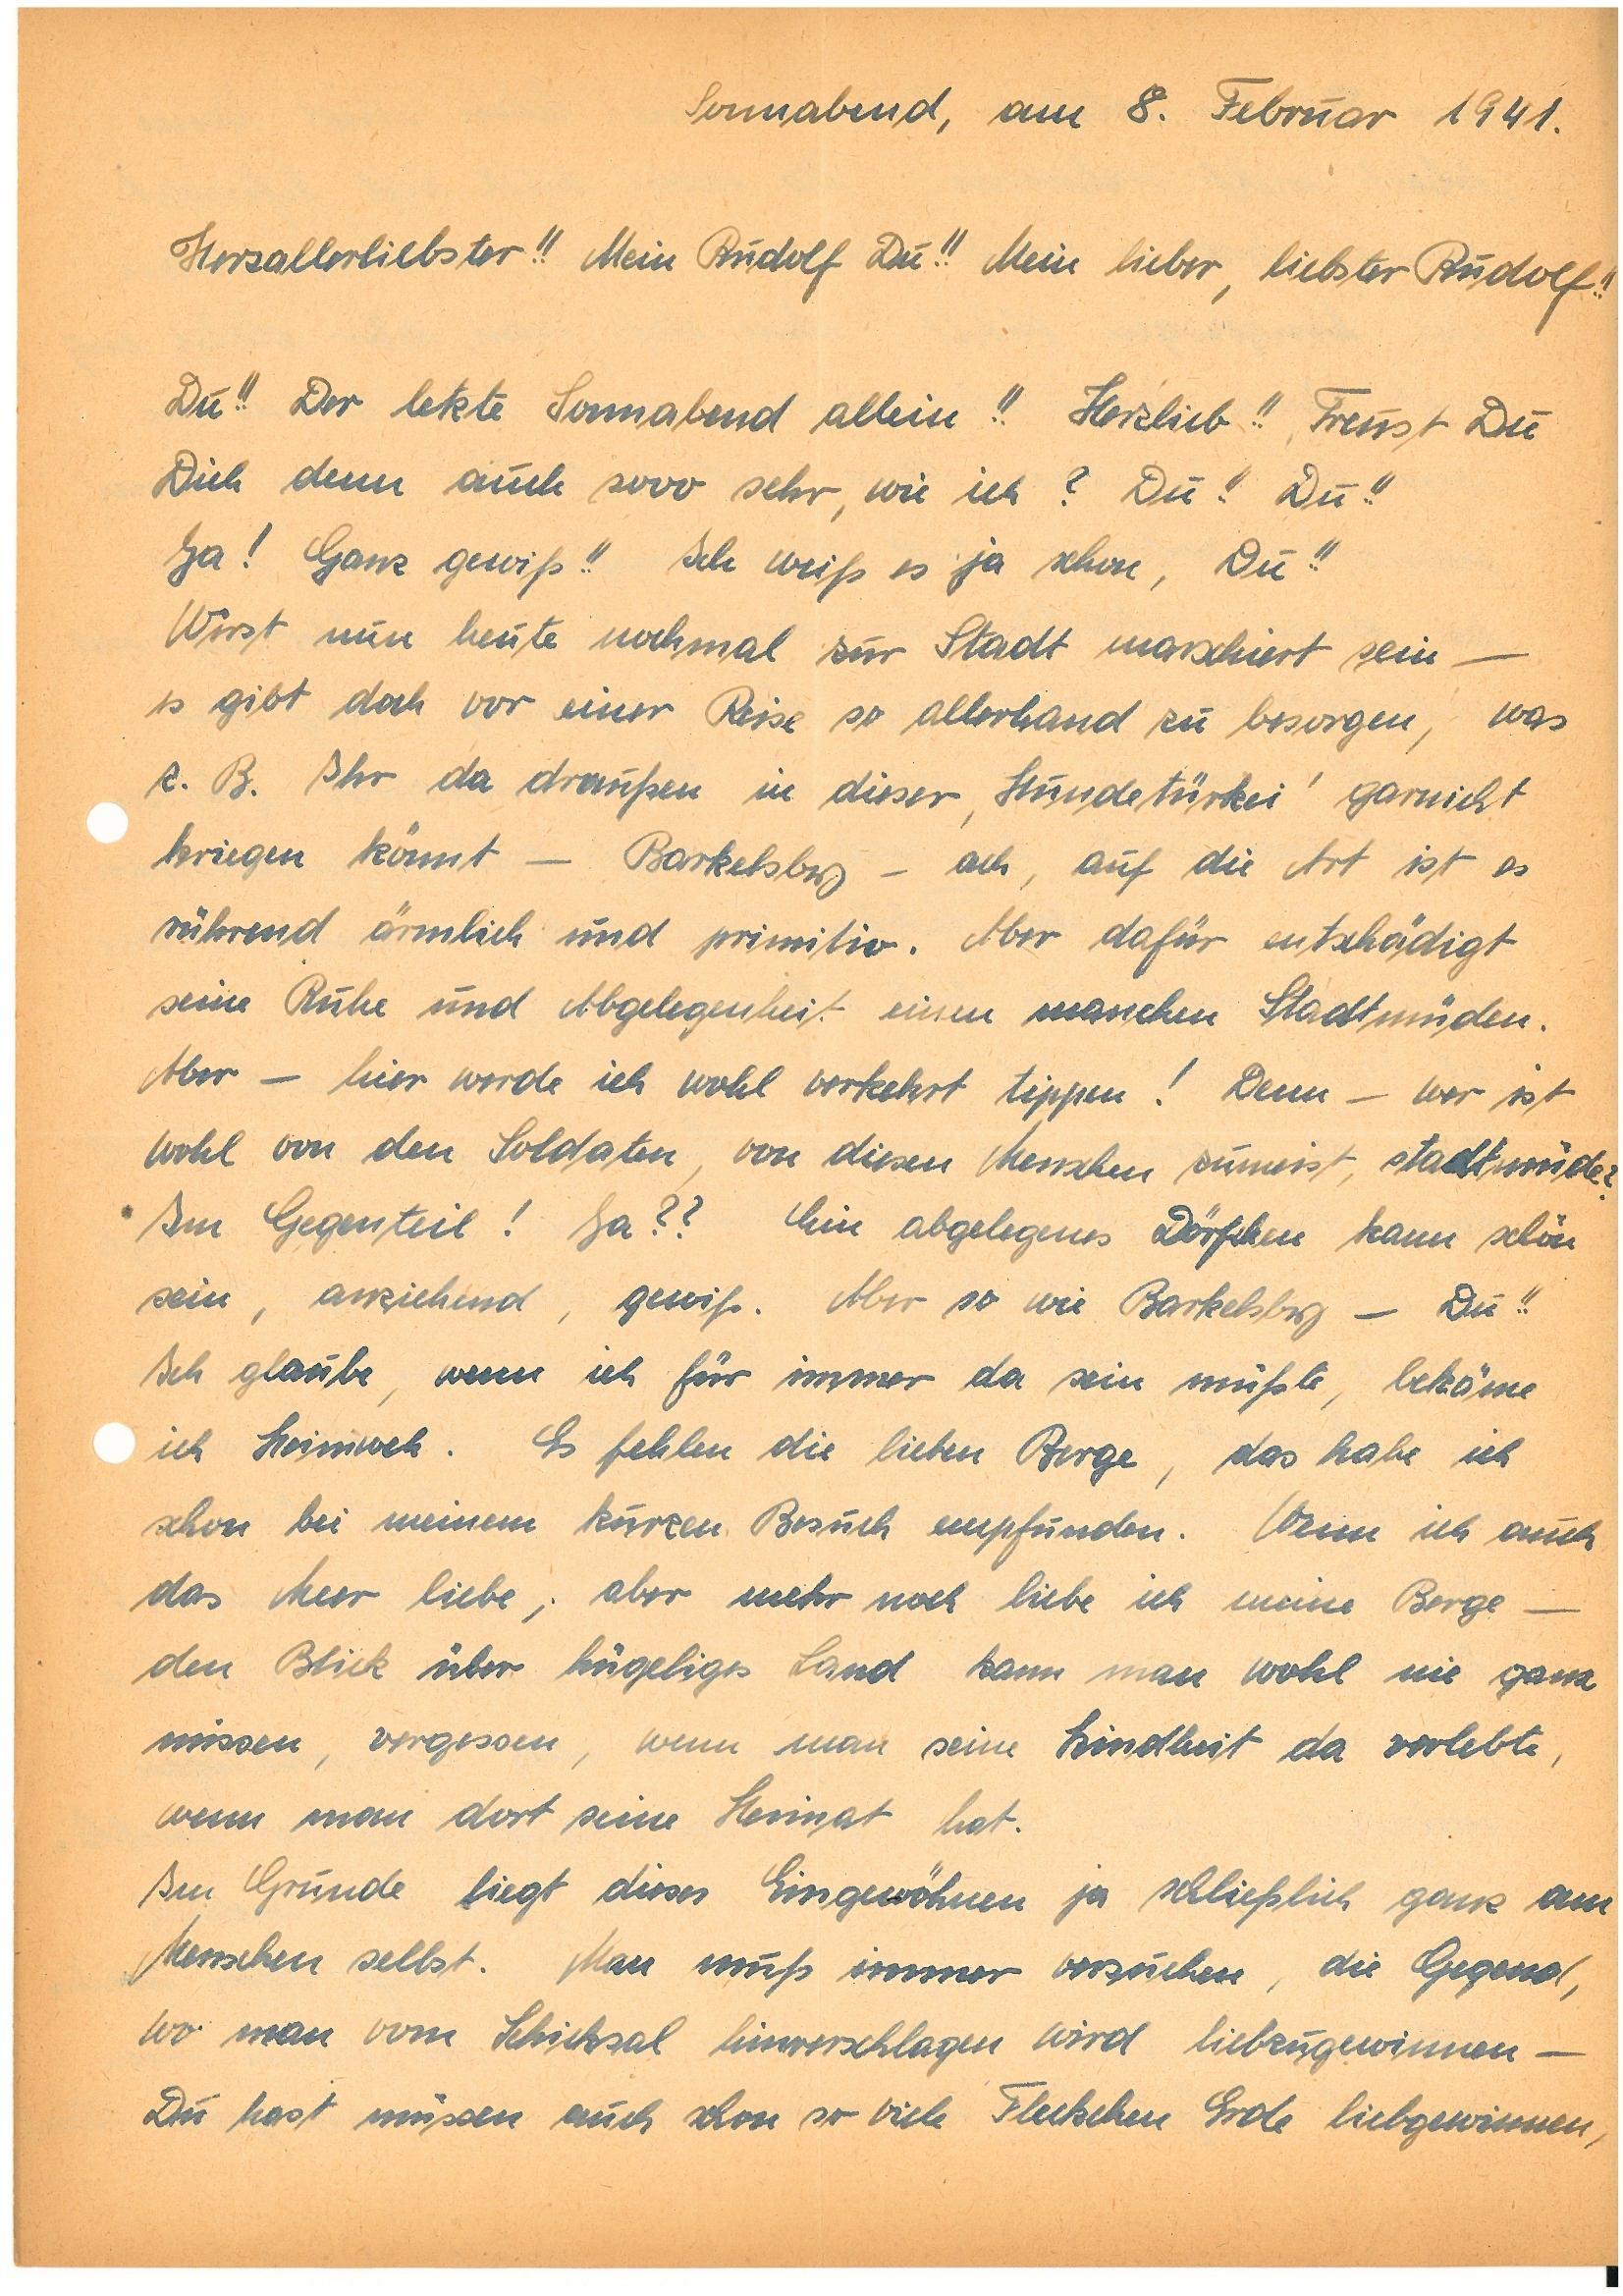
Sonnabend, am 8. Februar 1941.
Herzallerliebster!! Mein  Du!! Mein lieber, liebster!!
Du!! Der letzte Sonnabend allein!! Herzlieb!! Freust Du
Dich denn auch sooo sehr, wie ich? Du!! Du!!
Ja! Ganz gewiß!! Ich weiß es ja schon, Du!!
Wirst nun heute nochmal zur Stadt marschiert sein –
es gibt doch vor einer Reise so allerhand zu besorgen, was
z.B. Ihr da draußen in dieser ‚Hundetürkei‘ garnicht
kriegen könnt – Barkelsby – ach, auf die Art ist es
rührend ärmlich und primitiv. Aber dafür entschädigt
seine Ruhe und Abgelegenheit einen manchen Stadtmüden.
Aber – hier werde ich wohl verkehrt tippen! Denn – wer ist
wohl von den Soldaten, von diesen Menschen zumeist, stadtmüde?
Im Gegenteil! Ja?? Ein abgelegenes Dörfchen kann schön
sein, anziehend, gewiß. Aber so wie Barkelsby – Du!!
Ich glaube, wenn ich für immer da sein müßte, bekäme
ich Heimweh. Es fehlen die lieben Berge, das habe ich
schon bei meinem kurzen Besuch empfunden. Wenn ich auch
das Meer liebe; aber mehr noch liebe ich meine Berge –
den Blick über hügeliges Land kann man wohl nie ganz
missen, vergessen, wenn man seine Kindheit da verlebte,
wenn man dort seine Heimat hat.
Im Grunde liegt dieses Eingewöhnen ja schließlich ganz am
Menschen selbst. Man muß immer versuchen, die Gegend,
wo man vom Schicksal hinverschlagen wird liebzugewinnen –
Du hast müssen auch schon so viele Fleckchen Erde liebgewinnen,